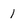
Character: 1